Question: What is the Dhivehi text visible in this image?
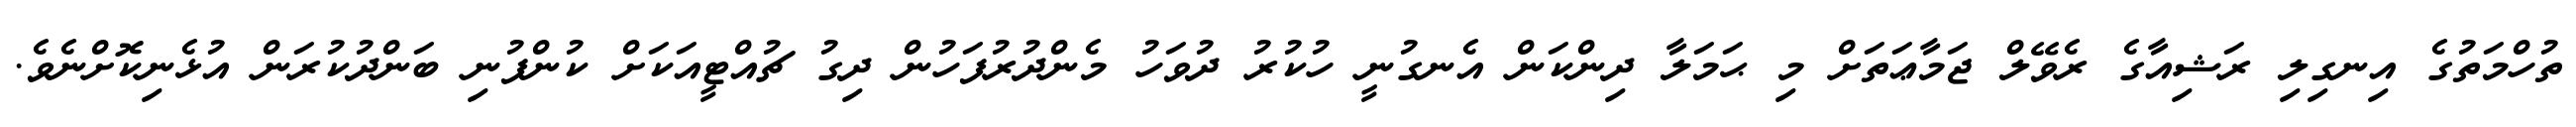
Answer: ތުހްމަތުގެ އިނގިލި ރަޝިއާގެ ރެވޭލް ޖަމާޢަތަށް މި ޙަމަލާ ދިންކަން އެނގުނީ ހުކުރު ދުވަހު މެންދުރުފަހުން ދިގު ޗުއްޓީއަކަށް ކުންފުނި ބަންދުކުރަން އުޅެނިކޮށްނެވެ.